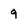
Character: 9